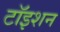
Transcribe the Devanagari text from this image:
टॉइशन